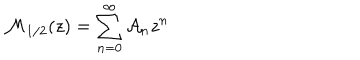
{ \cal M } _ { 1 / 2 } ( z ) = \sum _ { n = 0 } ^ { \infty } { \cal A } _ { n } z ^ { n }